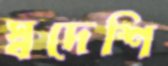
স্বদেশি